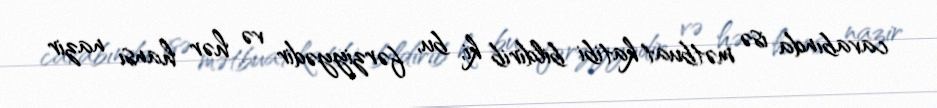
cavabında isə mətbuat katibi bildirib ki, bu, fərziyyədir və hər hansı nazir